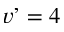
v ’ = 4